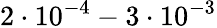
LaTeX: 2\cdot 10^{-4}-3\cdot 10^{-3}